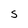
Character: S